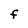
Character: F